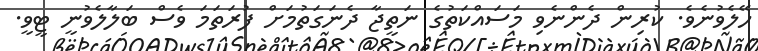
ހޭލެވުނެވެ. ކުރިން ދެންނެވި މަސައްކަތުގެ ނަތީޖާ ދެނަގަތުމަށް ފުރަތަމަ ވެސް ބަލާލެވުނީ ޓީވީ.